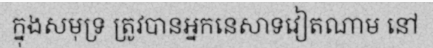
ក្នុងសមុទ្រ ត្រូវបានអ្នកនេសាទវៀតណាម នៅ